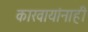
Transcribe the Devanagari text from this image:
कारवायांनाही